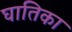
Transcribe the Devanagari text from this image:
घातिका